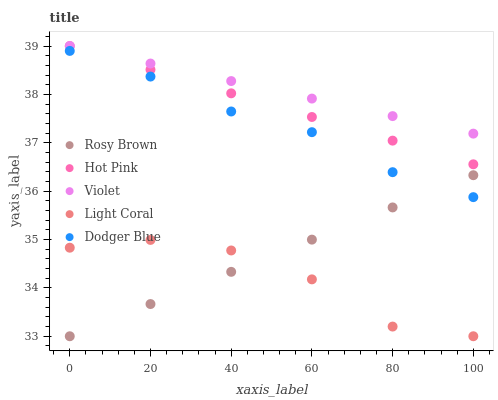
| xaxis_label | Rosy Brown | Hot Pink | Violet | Light Coral | Dodger Blue |
 | --- | --- | --- | --- | --- | --- |
 | 0 | 33 | 39 | 39 | 34.8 | 38.9 |
 | 20 | 33.7 | 38.5 | 38.6 | 35 | 38.4 |
 | 40 | 34.3 | 38 | 38.3 | 34.8 | 37.6 |
 | 60 | 35 | 37.5 | 37.9 | 34.2 | 37.2 |
 | 80 | 35.7 | 37 | 37.6 | 33.2 | 36.4 |
 | 100 | 36.3 | 36.6 | 37.2 | 33 | 35.9 |